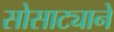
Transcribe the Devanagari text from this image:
सोसाट्याने